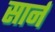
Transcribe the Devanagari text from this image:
सार्न